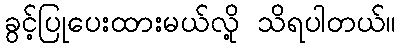
ခွင့်ပြုပေးထားမယ်လို့ သိရပါတယ်။